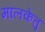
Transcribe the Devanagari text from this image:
मालकेतु